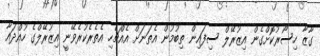
ގާޒާ ހިސޯރުކޮށްގެން އިޒުރޭލް ސިފައިން ތިބުމުން އެތަނަށް އެއްޗެހި އެތެރެކުރެވޭނީ އިޒުރޭލްގެ ހުއްދައާ